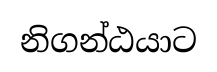
නිගන්ඨයාට